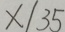
x / 3 5